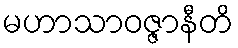
မဟာသာဝဇ္ဇာနီတိ